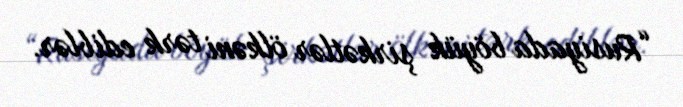
“Rusiyada böyük şirkətlər ölkəni tərk ediblər.